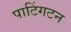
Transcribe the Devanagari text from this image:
पाटिंगटन